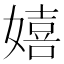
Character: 嬉